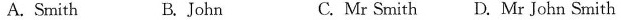
A.Smith B. John C. Mr Smith D. Mr John Smith